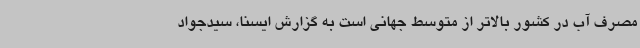
مصرف آب در کشور بالاتر از متوسط جهانی است به گزارش ایسنا، سیدجواد